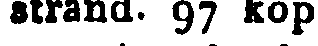
strand. 97 kop.